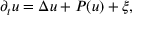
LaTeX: \partial _ { t } u = \Delta u + P ( u ) + \xi ,